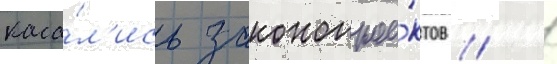
каса́л'ись законопрое́ктов // 11